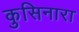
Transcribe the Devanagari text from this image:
कुसिनारा